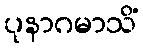
ပုနာဂမာသိံ